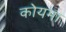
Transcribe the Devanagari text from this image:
कोयमा